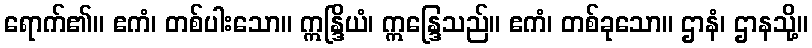
ရောက်၏။ ဧကံ၊ တစ်ပါးသော။ ဣန္ဒြိယံ၊ ဣန္ဒြေသည်။ ဧကံ၊ တစ်ခုသော။ ဌာနံ၊ ဌာနသို့။